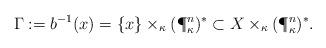
LaTeX: \begin{align*}\Gamma := b^{-1}(x) = \{x\} \times_{\kappa} (\P^n_{\kappa})^* \subset X \times_{\kappa} (\P^n_{\kappa})^*. \end{align*}